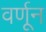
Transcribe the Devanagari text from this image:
वर्णून